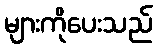
များကိုပေးသည်